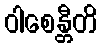
ဝါစေန္တီတိ